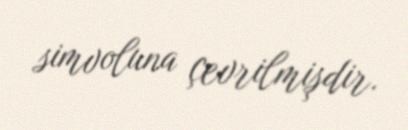
simvoluna çevrilmişdir.